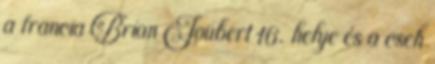
a francia Brian Joubert 16. helye és a cseh